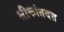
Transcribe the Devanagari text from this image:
श्रीकांतदत्त